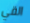
القي